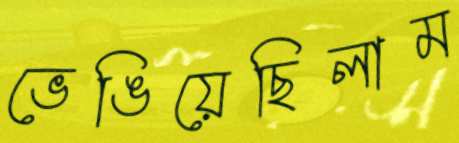
ভেঙিয়েছিলাম